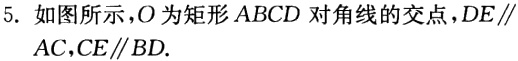
5. 如图所示，\(O\)为矩形 \(ABCD\) 对角线的交点，\(DE\parallel AC,CE\parallel BD.\)